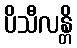
ပိသီလန္တိ